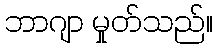
ဘာဂျာ မှုတ်သည်။